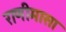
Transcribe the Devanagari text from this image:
राणीमासा